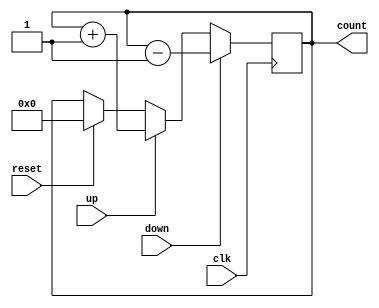
module contador_02 (
    input wire clk,
    input wire reset,
    input wire up,
    input wire down,
    output wire [3:0] count
);

reg [3:0] count_reg;

always @(posedge clk)
begin
    if (reset)
        count_reg <= 4'b0000;
    if (up)
        count_reg <= count_reg + 4'b0001;
    if (down)
        count_reg <= count_reg - 4'b0001;
end

assign count = count_reg;

endmodule